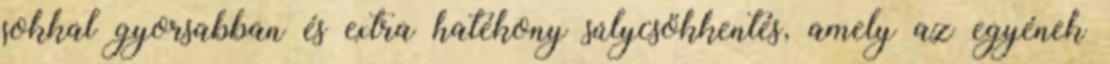
sokkal gyorsabban és extra hatékony súlycsökkentés, amely az egyének